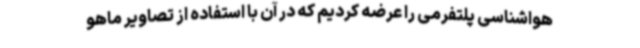
هواشناسی پلتفرمی را عرضه کردیم که در آن با استفاده از تصاویر ماهو